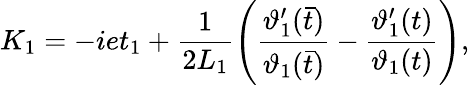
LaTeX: K_{1}=-iet_{1}+\frac{1}{2L_{1}}\left(\frac{\vartheta_{1}^{\prime}(\bar{t})}{\vartheta_{1}(\bar{t})}-\frac{\vartheta_{1}^{\prime}(t)}{\vartheta_{1}(t)}\right),